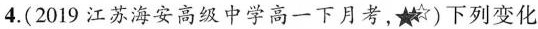
4.（2019江苏海安高级中学高一下月考）下列变化